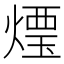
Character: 𰟒